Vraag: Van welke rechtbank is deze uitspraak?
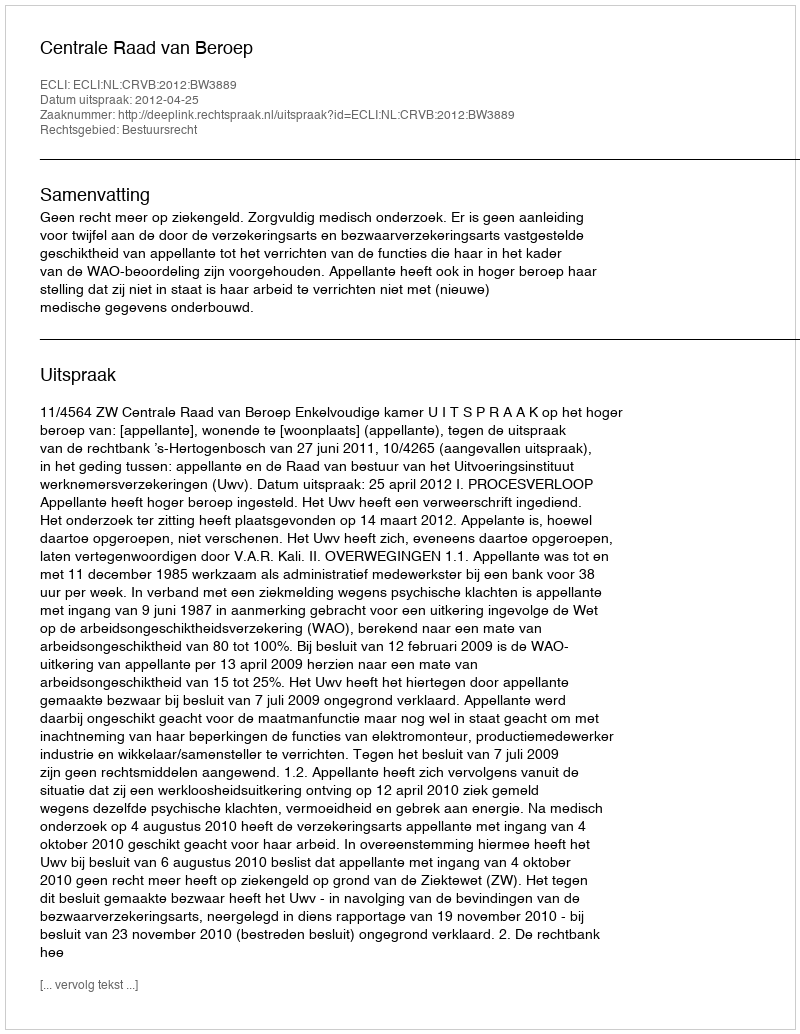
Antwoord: Centrale Raad van Beroep